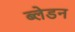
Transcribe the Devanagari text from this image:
ब्लेडन